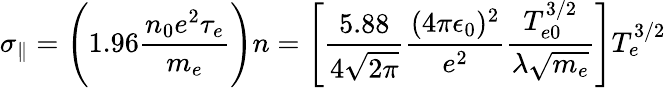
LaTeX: \sigma_{\parallel}=\Bigg(1.96\frac{n_{0}e^{2}\tau_{e}}{m_{e}}\Bigg)n=\Bigg[\frac{5.88}{4\sqrt{2\pi}}\frac{(4\pi\epsilon_{0})^{2}}{e^{2}}\frac{T_{e0}^{3/2}}{\lambda\sqrt{m_{e}}}\Bigg]T_{e}^{3/2}